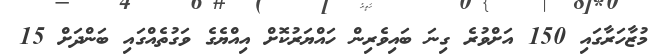
މުޒާހަރާގައި 150 އަށްވުރެ ގިނަ ބައިވެރިން ހައްޔަރުކޮށް އިިއްޔެގެ ވަގުތެއްގައި ބަންދަށް 15